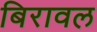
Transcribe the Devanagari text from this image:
बिरावल